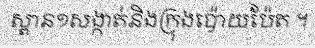
ស្ពាន១សង្កាត់និងក្រុងប៉ោយប៉ែត ។